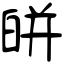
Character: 皏